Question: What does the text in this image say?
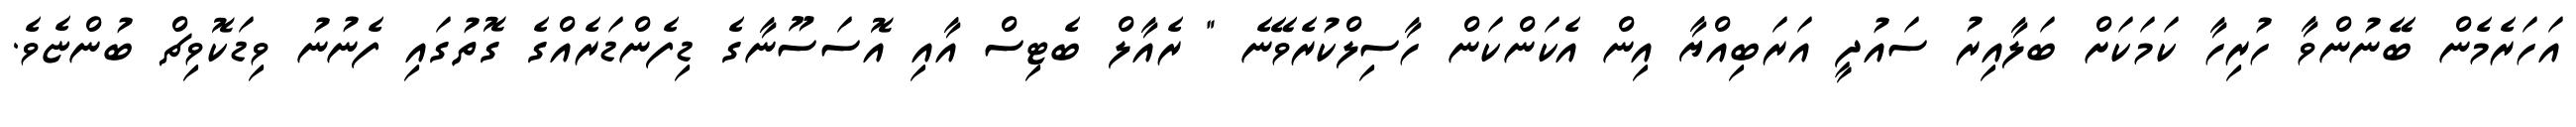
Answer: އަހަރެމެން ބޭނުންވާ ހުރިހާ ކަމަކަށް ބަލާއިރު ސައުދީ އަރަބިއްޔާ އިން އެކަންކަން ހާސިލްކުރެވޭނެ " ރެއާލް ބެޓިސް އާއި އޮސަސޫނާގެ ޑިފެންޑަރެއްގެ ގޮތުގައި ފެނުނު ވިޑަކޮވިޗް ބުންޏެވެ.